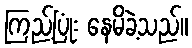
ကြည့်ပြုံး နေမိခဲ့သည်။